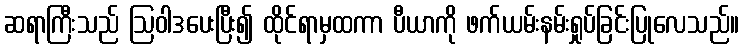
ဆရာကြီးသည် ဩဝါဒပေးပြီး၍ ထိုင်ရာမှထကာ ပီယာကို ဖက်ယမ်းနမ်းရှုပ်ခြင်းပြုလေသည်။